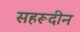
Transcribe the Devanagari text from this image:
सहरूदीन